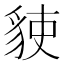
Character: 𧳅